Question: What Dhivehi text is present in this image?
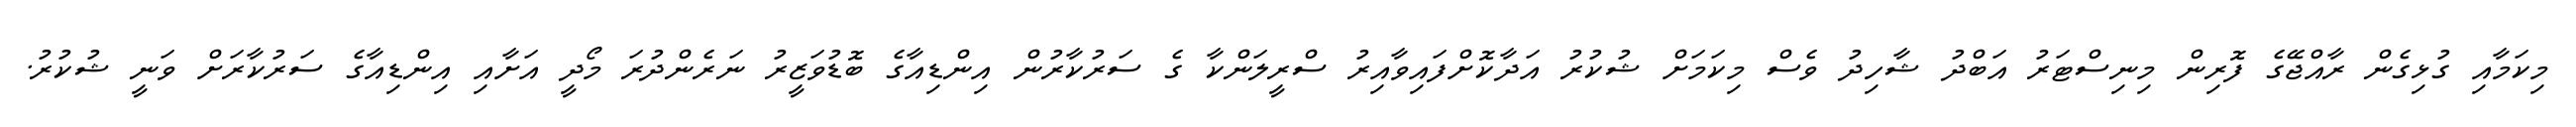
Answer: މިކަމާއި ގުޅިގެން ރާއްޖޭގެ ފޮރިން މިނިސްޓަރު އަބްދު ޝާހިދު ވެސް މިކަމަށް ޝުކުރު އަދާކޮށްފައިވާއިރު ސްރީލަންކާ ގެ ސަރުކާރުން އިންޑިއާގެ ބޮޑުވަޒީރު ނަރެންދުރަ މޯދީ އަށާއި އިންޑިއާގެ ސަރުކާރަށް ވަނީ ޝުކުރު.